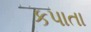
કપાતા